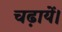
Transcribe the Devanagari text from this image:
चढ़ायें।